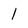
Character: 1